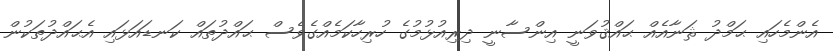
އެންމެހައި ޙަމްދު ޘަނާއެއް ޙައްޤުވަނީ އިންސާނީ ދިރިއުޅުމުގެ ހުރިހާކަމެއްގެވެސް ޙައްދުތައް ކަނޑައަޅައި އެޙައްދުތަކުން